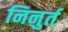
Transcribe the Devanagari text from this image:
निनुर्त